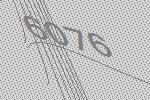
6076